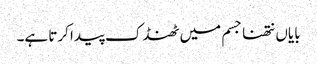
بایاں نتھنا جسم میں ٹھنڈک پیدا کرتا ہے۔